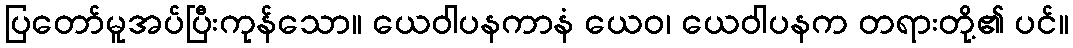
ပြတော်မူအပ်ပြီးကုန်သော။ ယေဝါပနကာနံ ယေဝ၊ ယေဝါပနက တရားတို့၏ ပင်။